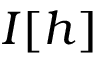
I [ h ]